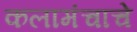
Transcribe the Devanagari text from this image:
कलामंचाचे